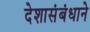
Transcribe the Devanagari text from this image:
देशासंबंधाने